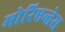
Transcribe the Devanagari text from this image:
मोरिएन्तेस